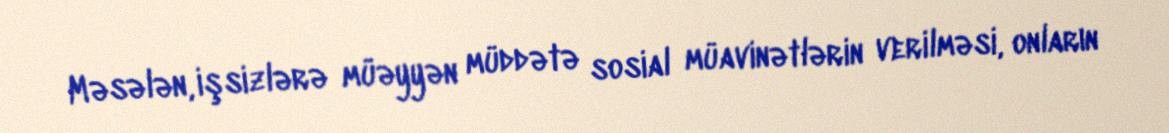
Məsələn, işsizlərə müəyyən müddətə sosial müavinətlərin verilməsi, onların